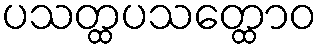
ပသတ္ထပသတ္ထောဝ